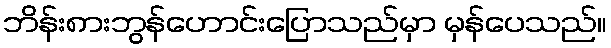
ဘိန်း၈ားဘွန်ဟောင်းပြောသည်မှာ မှန်ပေသည်။